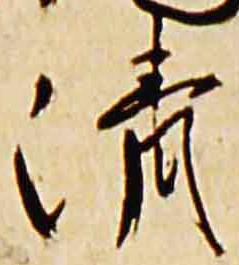
清